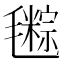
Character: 𣰤